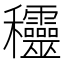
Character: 𥤞